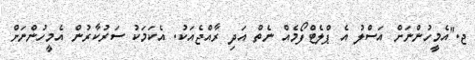
ޖ."އެމީހުންނަށް އަސްލު އެ ޕްލެޓްފޯމެއް ނެތް އަދި ރާއްޖެއަކު. އެކަމަކު ސަރުކާރުން އެމީހުންނަށް